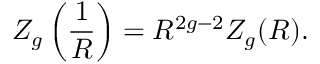
Z _ { g } \left( { \frac { 1 } { R } } \right) = R ^ { 2 g - 2 } Z _ { g } ( R ) .